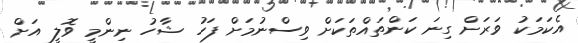
އެކަމަކު ވަރަށް ގިނަ ކަންތައްތަކަށް ވިސްނުމަށް ފަހު ޝާހު ނިންމީ ވޮލީ އަށް